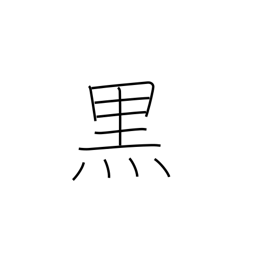
Meaning: black